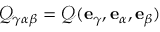
\mathcal { Q } _ { \gamma \alpha \beta } = \boldsymbol { \mathcal { Q } } ( \mathbf { e } _ { \gamma } , \mathbf { e } _ { \alpha } , \mathbf { e } _ { \beta } )